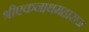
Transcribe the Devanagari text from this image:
श्रीएकनाथमहाराज